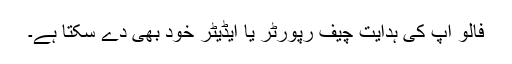
فالو اپ کی ہدایت چیف رپورٹر یا ایڈیٹر خود بھی دے سکتا ہے۔